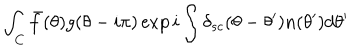
\int _ { C } \bar { f } ( \theta ) g ( \theta - i \pi ) \exp i \int \delta _ { s c } ( \theta - \theta ^ { \prime } ) n ( \theta ^ { \prime } ) d \theta ^ { \prime }